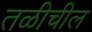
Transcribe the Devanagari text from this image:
तळीचील